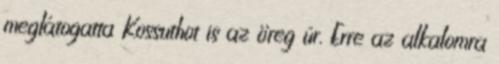
meglátogatta Kossuthot is az öreg úr. Erre az alkalomra